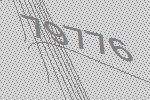
79776